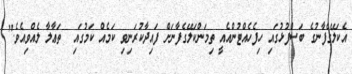
އެކަލޭގެފާނުގެ ބަސްފުޅުގައި ހިފެހެއްޓުންއެއީ ތިމަންކަލޭގެފާނަށް ފައިދާކުރަނިވި ކަމެއް ކަމުގައި  ތަޢާލާ ލެއްވިއެވެ."